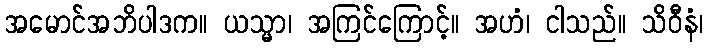
အမောင်အဘိပါဒက။ ယသ္မာ၊ အကြင်ကြောင့်။ အဟံ၊ ငါသည်။ သိဝီနံ၊